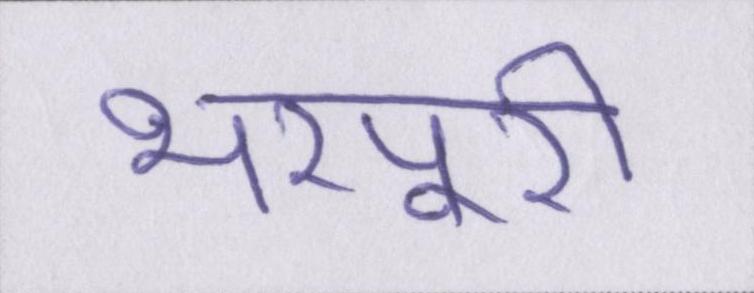
भरपूरी